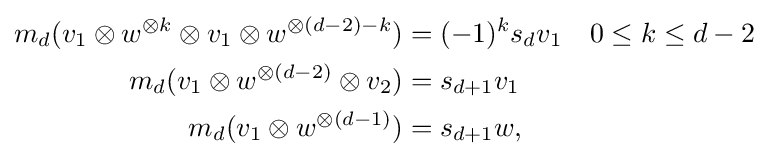
{\begin{aligned}m_{d}(v_{1}\otimes w^{\otimes k}\otimes v_{1}\otimes w^{\otimes (d-2)-k})&=(-1)^{k}s_{d}v_{1}&0\leq k\leq d-2\\m_{d}(v_{1}\otimes w^{\otimes (d-2)}\otimes v_{2})&=s_{d+1}v_{1}\\m_{d}(v_{1}\otimes w^{\otimes (d-1)})&=s_{d+1}w,\end{aligned}}